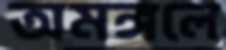
অমঙ্গলে